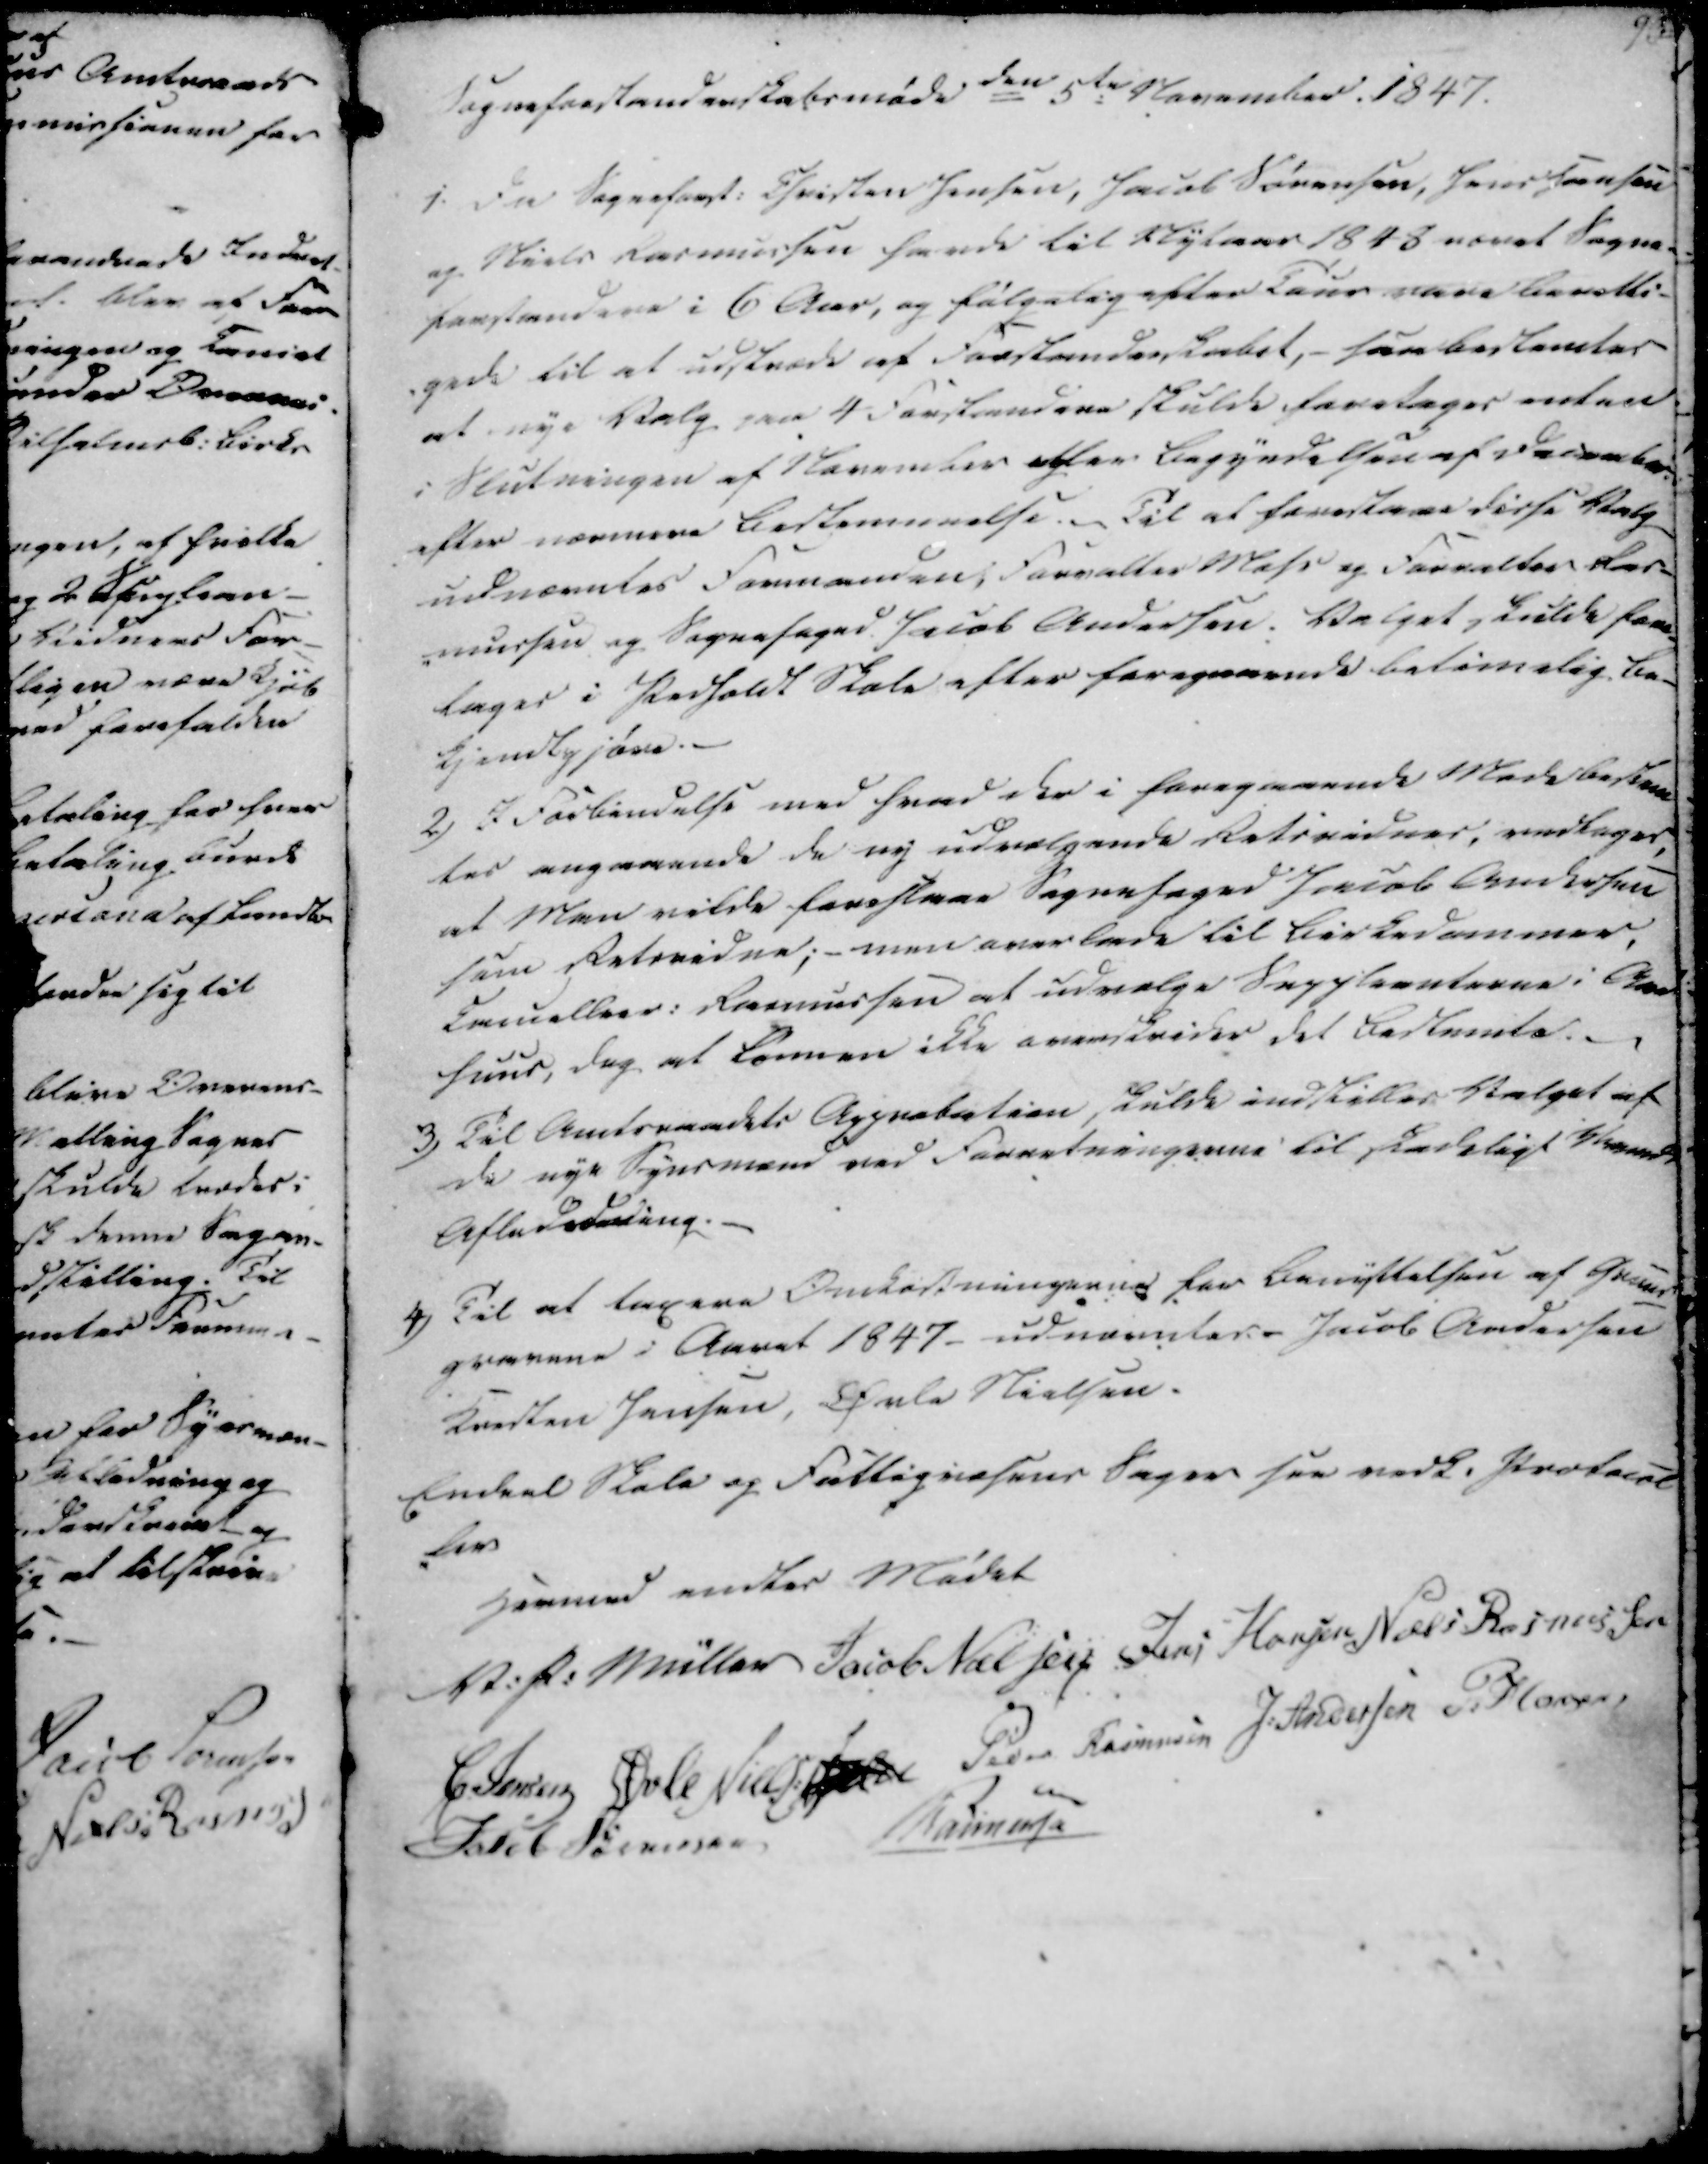
Transskription:
Sogneforstanderskabsmøde
den 5te November 1847.

1. Da Sogneforst. Christen Jensen, Jacob Sørensen, Jens Hansen
og Niels Rasmussen havde til Nytaar 1848 været Sogne-
forstandere i 6 Aar, og følgelig efter Taur være beretti-
-gede til at udstræde af Forstanderskabet, saa bestemtes
at nye Valg paa 4 Forstandere skulde foretages enten
i Slutningen af November oegller Begyndelsen af December.
efter nærmere Bestemmelse. ~ Til at forestaae disse Valg
udnævntes Formanden, Forvalter Mohr og Forvalter Ras-
-mussen og Sognefoged Jacob Andersen. Valget skulde fore-
tages i Pedholdt Skole efter foregaaende betimelig Be-
kjendtgjøre.

2) I Forbindelse med hvad der i foregaaende Møde bestem
tes angaaende de ny udvælgende Retsvidner, vedtoges,
at Man vilde foreslaae Sognefoged Jacob Andersen
som Retsvidne; - men overlade til Birkedommer
Cancellies. Rasmussen at udvælge Suppleanterne i Aar
huus, dog at Lønnen ikke overskrider det Bestemte.

3) Til Amtsraadets Approbation, skulde indstilles Valget af
de nye Synsmænd ved Forretningerne til skadeligt Vand
Aflededesning.

4) Til at tagere Omkostningerne for Benyttelsen af Gruus
gravene i Aaret 1847 - udnævntes - Jacob Andersen
Kristen Jensen, Øvle Nielsen.
Endeel Skole og Fattigvæsens Sager see vedk. Protocol
-ler
Hermed endtes Mødet
V. P. Müller
Jacob Nielsen
Jens Hansen
Niels Rasmussen
C. Jensen
Øvle Nielsen
Peder Rasmussen
J. Andersen
P. Hansen
Jacob Sørensen
Rasmussen